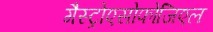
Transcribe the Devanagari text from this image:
गैस्ट्रोएसोफोजिएल